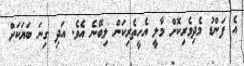
އެ ފަންޑު މެދިވެރިކޮށް މާލީ އެހީތެރިކަން ލިބޭނެ އެވެ. އަދި ގިނަ ބަޔަކަށް